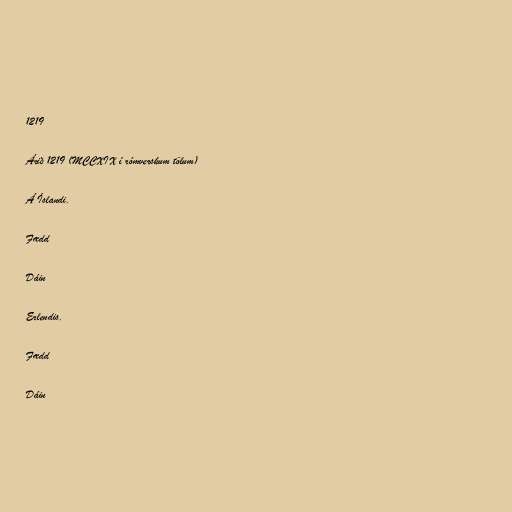
1219

Árið 1219 (MCCXIX í rómverskum tölum)

Á Íslandi.

Fædd

Dáin

Erlendis.

Fædd

Dáin